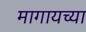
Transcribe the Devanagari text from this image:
मागायच्या